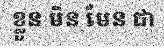
ខ្លួន មិន មែន ជា